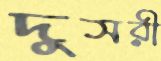
দুসরী